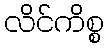
လိင်ကိစ္စ